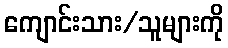
ကျောင်းသား/သူများကို